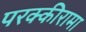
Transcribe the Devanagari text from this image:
परक्कीरामा